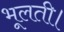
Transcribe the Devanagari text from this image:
भूलती।